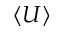
\langle U \rangle